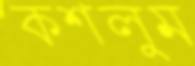
কশলুম